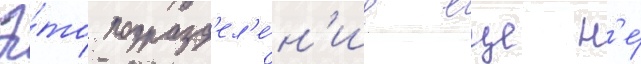
Э́то подразд'ел'е́н'ие еще н'е́